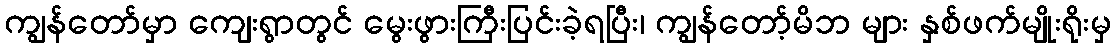
ကျွန်တော်မှာ ကျေးရွာတွင် မွေးဖွားကြီးပြင်းခဲ့ရပြီး၊ ကျွန်တော့်မိဘ များ နှစ်ဖက်မျိုးရိုးမှ